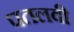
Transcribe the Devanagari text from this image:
पतलवी